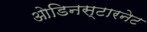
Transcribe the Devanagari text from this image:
ओडिनस्टारनेट